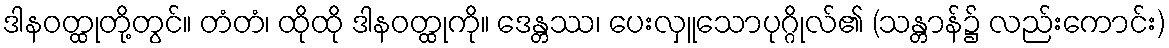
ဒါနဝတ္ထုတို့တွင်။ တံတံ၊ ထိုထို ဒါနဝတ္ထုကို။ ဒေန္တဿ၊ ပေးလှူသောပုဂ္ဂိုလ်၏ (သန္တာန်၌ လည်းကောင်း)